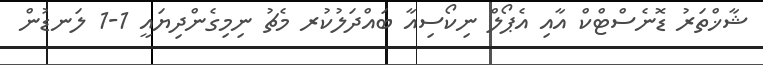
ޝާޚްތަރު ޑޮނެސްޓްކް އާއި އެޕޯލް ނިކޯސިއާ ބައްދަލުކުރ މެޗު ނިމިގެންދިޔައީ 1-1 ލަނޑުން